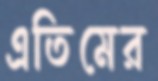
এতিমের